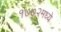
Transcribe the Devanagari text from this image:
१७७२मध्ये